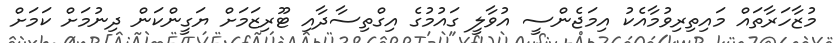
މުޒާހަރާތައް މައިތިރިވުމާއެކު އިމަޖެންސީ އުވާލީ ގައުމުގެ އިގްތިސާދާއި ޓޫރިޒަމަށް ޔަގީންކަން ދިނުމަށް ކަމަށް